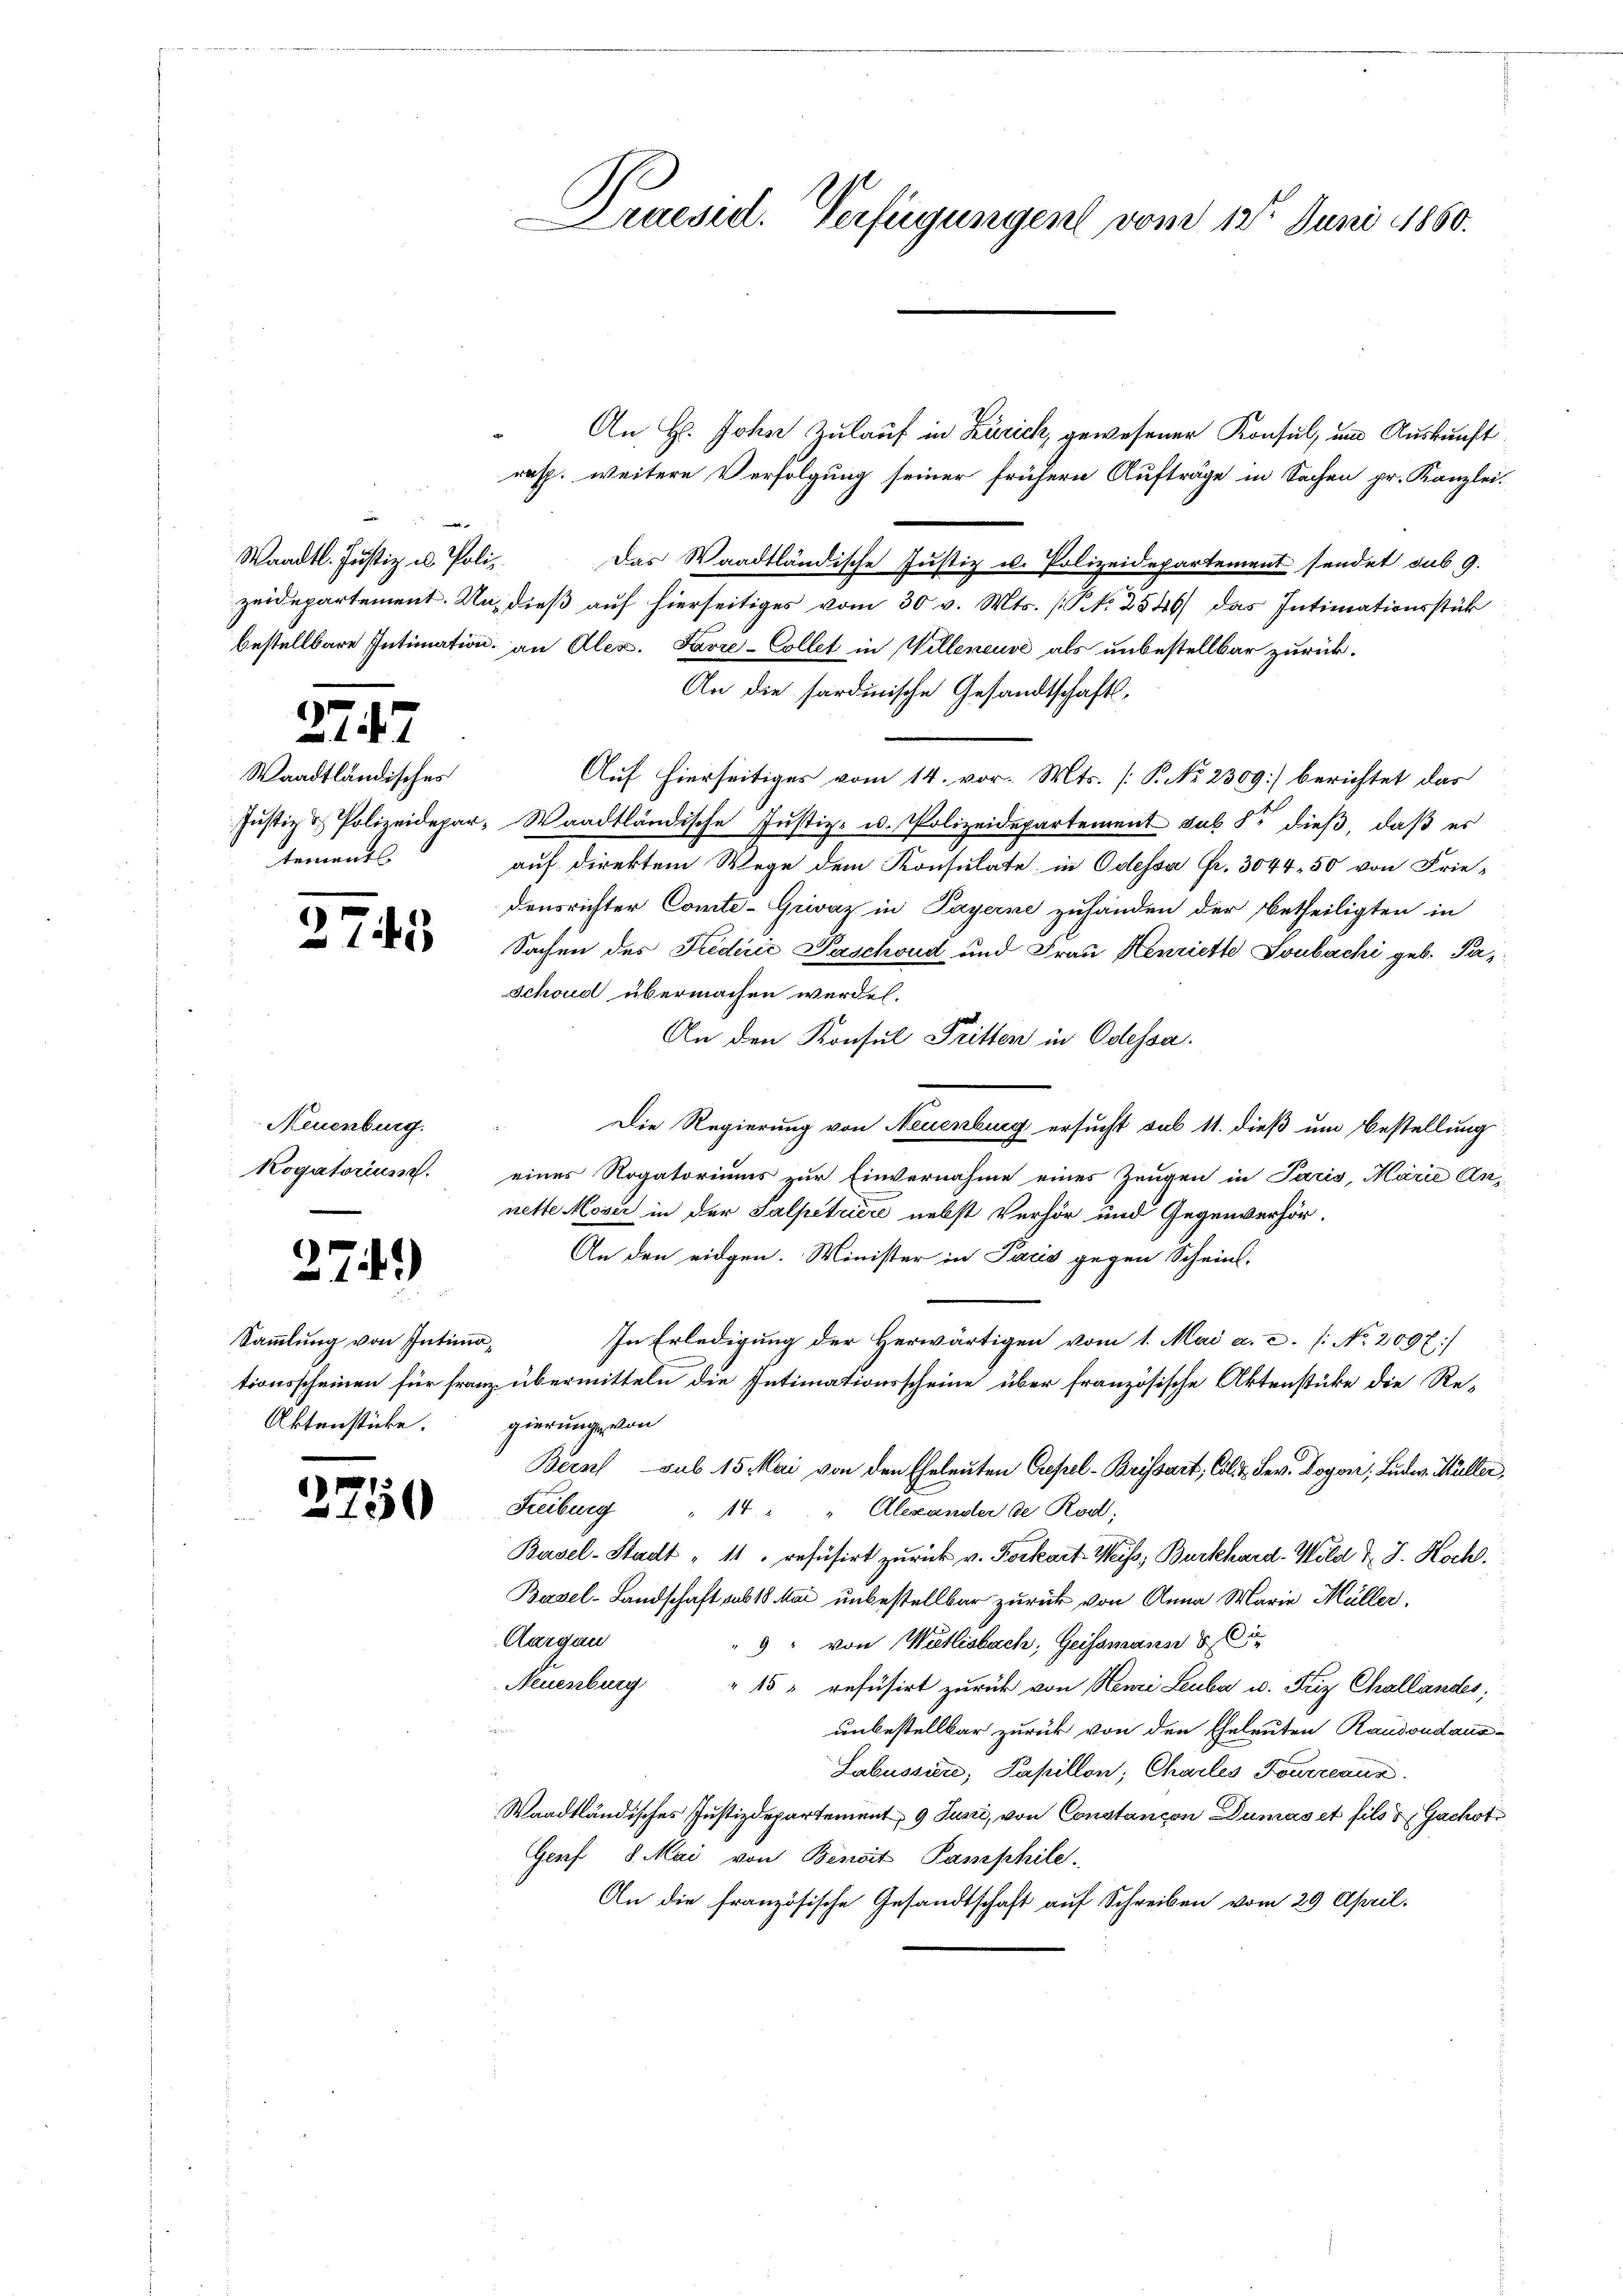
e
Waadt. Justiz u. Poliz

Waadtländisches
tements

e

Neuenburg.
Kogatorius.

¬
.

u

277

745

14)

Sammlung von Intimationsscheinen für Franz
Aktenstücke.

1750

Praesid. Verfügungen vom 12t Juni 1860.

An H. Johne Zulauf in Zürich, gewesener Konsul, und Auskunft
rasp. weitere Verfolgung seiner frühern Aufträge in Sachen pr. Kanzlei.
Das Waadtländische Justiz u. Polizeidepartement sendet sub 9.
zeidepartement. Und dieß auf hierseitiges vom 30 v. Mts. (N. 2546) das Intimationsstük
bestellbare Intimation an Alex. Favre-Collet in Willeneuve als unbestellbar zurück¬
An die sardinische Gesandtschafts¬
Auf hierseitiges vom 14. vor. Mts. [P. No. 2309] berichtet das
Justiz & Polizeidepar- Waadtländische Justiz- u. Polizeidepartement sub der dieß, daß er
auf direktem Wege dem Konsulate in Odessa Fr. 3044. 50 von Frie-
densrichter Comte-Gewaz in Payerne zuhänden der betheiligten in
Sachen des Frederić Paschoud und Frau Henriette Soubachi geb. Pa¬
Schoud übermachen werden.
An den Konsul Fritten in Odessa
Die Regierung von Neuenburg ersucht sub 11. dieß um Bestellung
eines Rogatoriums zur Einvernahme eines Zeugen in Paris, Marie Annette Moser in der Salpetriere nebst Verhör und Gegenverhör-
An den eidgen. Minister in Paris gegen Scheint,
In Erledigung der Herwärtigen vom 1. Mai a.c. (: No 2097
übermitteln die Intimationsscheine über französische Aktenstücke die Regierungs von
Bern sub 15 Mai von den Eheleuten Gesel-Brissart, Col. 2. Sev. Dogori, Luder Müller,
Freiburg " 14 " " Alexander de Rod;
Basel-Stadt " 11. refüsirt zurück v. Forkart Weiss, Burkhard-Wild d. J. Koch.
Basel-Landschaft sub 18. Mai unbestellbar zurück von Anna Marie Müller,
Aargau
" 9 " von Wetlisbach, Geissmäss § 85
Neuenburg
" 15 " refüsirt zurück von Henzi Leuba u. Friz Challandes,
unbestellbar zurück von den Eheleuten Raudondaus-
Labussiere, Papillon, Chailes Fourceaus
Waadtländisches Justizdepartement, 9 Juni, von Constancon Dumas et fils & Gachot
Genf 8. Mai von Beseit Pamphile.
An die französische Gesandtschaft auf Schreiben vom 29. April,